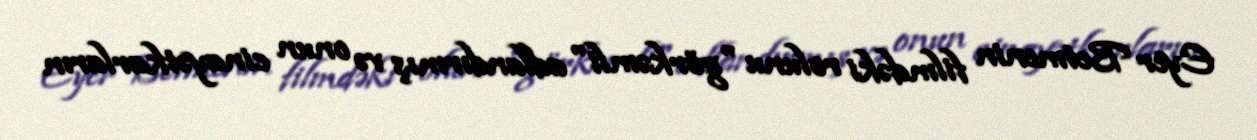
Eyer Betmenin filmdəki rolunu "görkəmli" adlandırmış və onun cinayətkarların